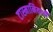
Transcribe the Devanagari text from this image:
टास्मानियाची